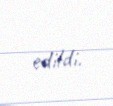
edildi.